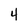
Character: 4